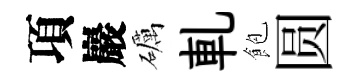
項巖礪軋飽圆